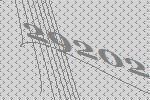
29202